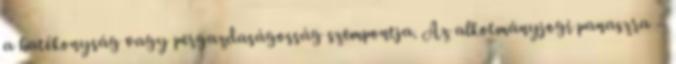
a hatékonyság vagy pergazdaságosság szempontja. Az alkotmányjogi panaszra –